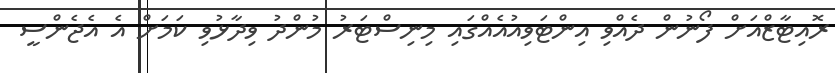
ރޮއިޓާޒްއަށް ފޯނުން ދެއްވި އިންޓަވިއުއެއްގައި މިނިސްޓަރު މުންދު ވިދާޅުވި ކަމަށް އެ އެޖެންސީ